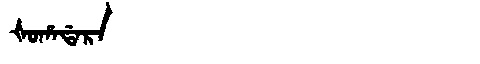
Manchu: ᡧᠣᡥᠠᡩᠠᡵᠠ
Romanization: ŠOHADARA